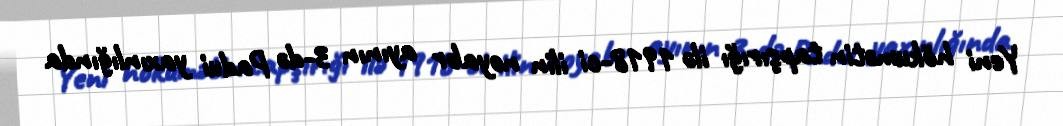
Yeni hökumətin tapşırığı ilə 1918-ci ilin noyabr ayının 3-də Padui yaxınlığında